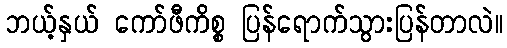
ဘယ့်နှယ် ကော်ဖီကိစ္စ ပြန်ရောက်သွားပြန်တာလဲ။